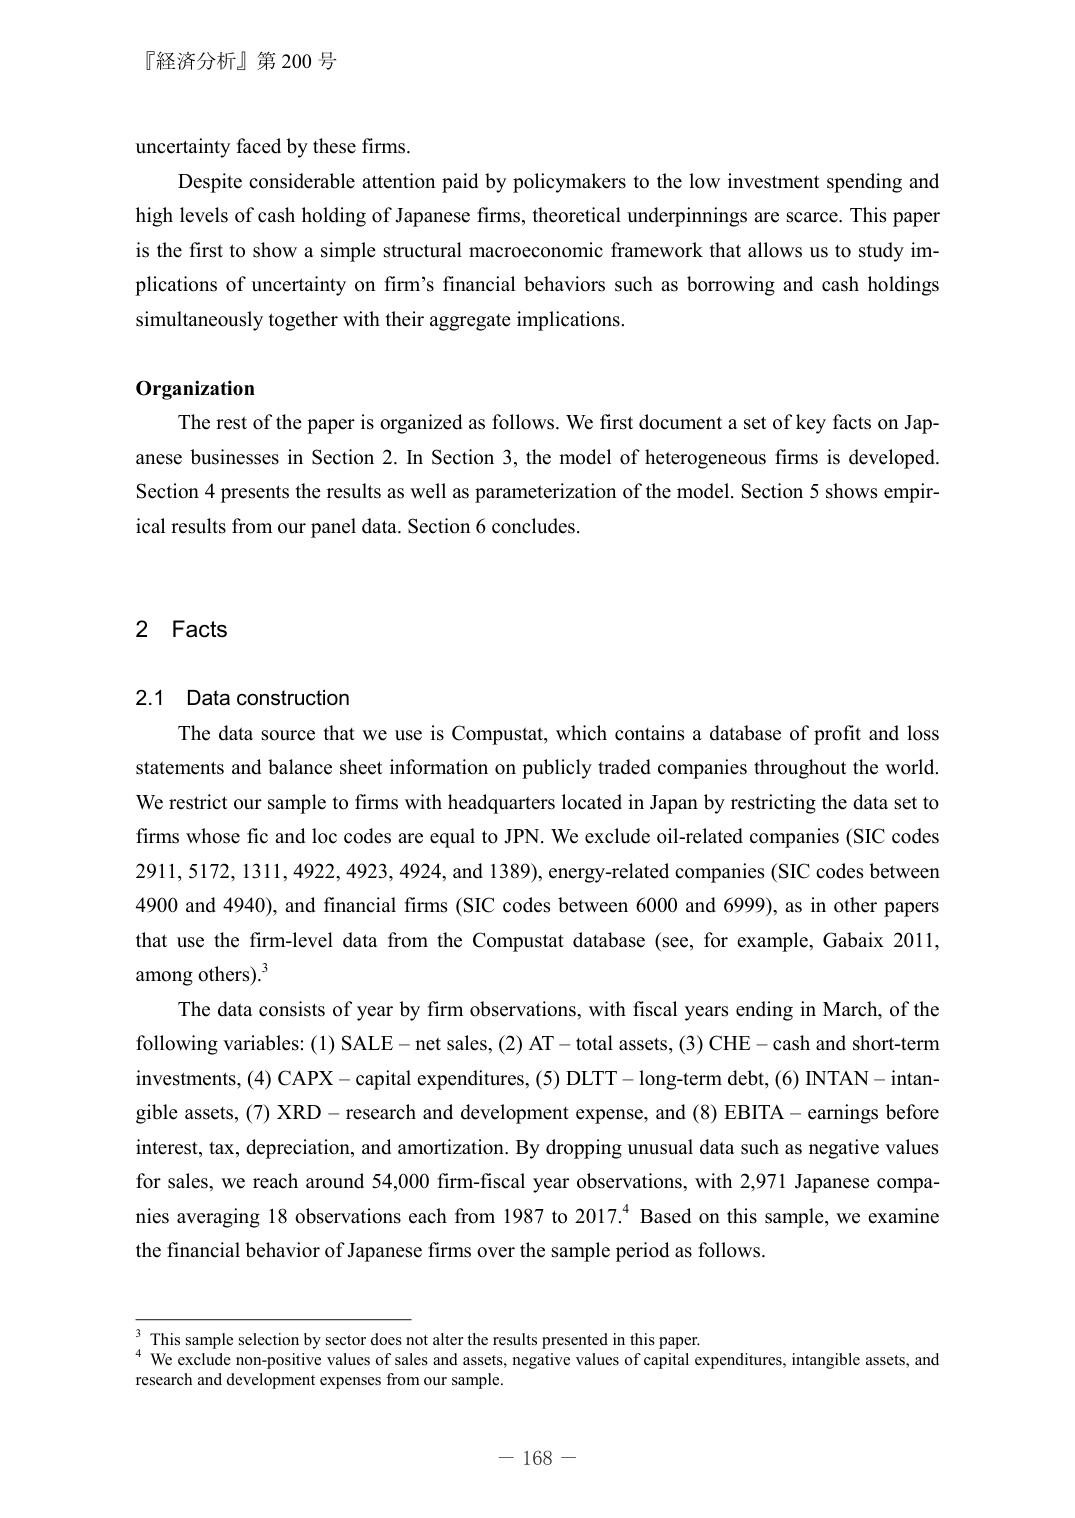
『経済分析』第 200 号

uncertainty faced by these firms.

Despite considerable attention paid by policymakers to the low investment spending and high levels of cash holding of Japanese firms, theoretical underpinnings are scarce. This paper is the first to show a simple structural macroeconomic framework that allows us to study implications of uncertainty on firm’s financial behaviors such as borrowing and cash holdings simultaneously together with their aggregate implications.

Organization

The rest of the paper is organized as follows. We first document a set of key facts on Japanese businesses in Section 2. In Section 3, the model of heterogeneous firms is developed. Section 4 presents the results as well as parameterization of the model. Section 5 shows empirical results from our panel data. Section 6 concludes.

2 Facts

2.1 Data construction

The data source that we use is Compustat, which contains a database of profit and loss statements and balance sheet information on publicly traded companies throughout the world. We restrict our sample to firms with headquarters located in Japan by restricting the data set to firms whose fic and loc codes are equal to JPN. We exclude oil-related companies (SIC codes 2911, 5172, 1311, 4922, 4923, 4924, and 1389), energy-related companies (SIC codes between 4900 and 4940), and financial firms (SIC codes between 6000 and 6999), as in other papers that use the firm-level data from the Compustat database (see, for example, Gabaix 2011, among others).³

The data consists of year by firm observations, with fiscal years ending in March, of the following variables: (1) SALE – net sales, (2) AT – total assets, (3) CHE – cash and short-term investments, (4) CAPX – capital expenditures, (5) DLTT – long-term debt, (6) INTAN – intangible assets, (7) XRD – research and development expense, and (8) EBITA – earnings before interest, tax, depreciation, and amortization. By dropping unusual data such as negative values for sales, we reach around 54,000 firm-fiscal year observations, with 2,971 Japanese companies averaging 18 observations each from 1987 to 2017.⁴ Based on this sample, we examine the financial behavior of Japanese firms over the sample period as follows.

³ This sample selection by sector does not alter the results presented in this paper.
⁴ We exclude non-positive values of sales and assets, negative values of capital expenditures, intangible assets, and research and development expenses from our sample.

— 168 —